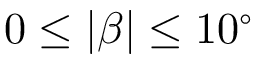
0 \le | \beta | \le 1 0 ^ { \circ }